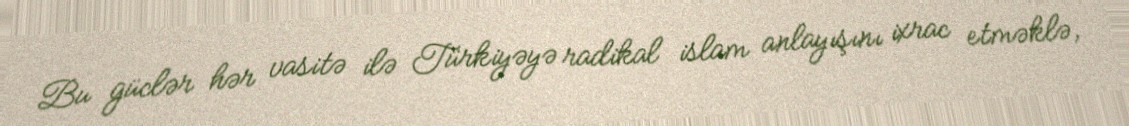
Bu güclər hər vasitə ilə Türkiyəyə radikal islam anlayışını ixrac etməklə,